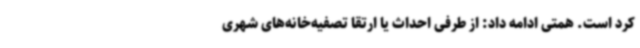
کرد است. همتی ادامه داد: از طرفی احداث یا ارتقا تصفیه‌خانه‌های شهری